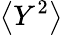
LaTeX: \big<Y^{2}\big>